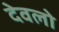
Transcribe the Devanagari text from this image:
देवलो